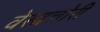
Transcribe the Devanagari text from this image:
वेस्त्रचोरी